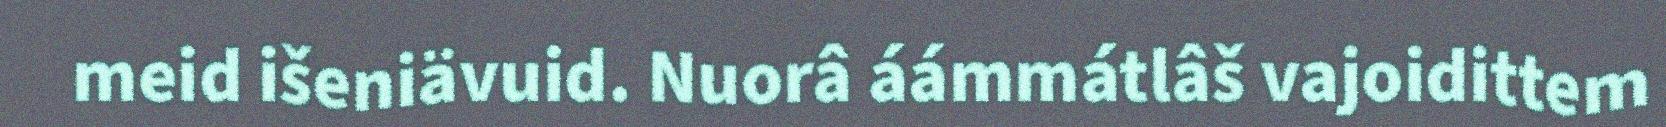
meid išeniävuid. Nuorâ áámmátlâš vajoidittem